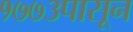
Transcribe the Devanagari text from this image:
१७७३पासून